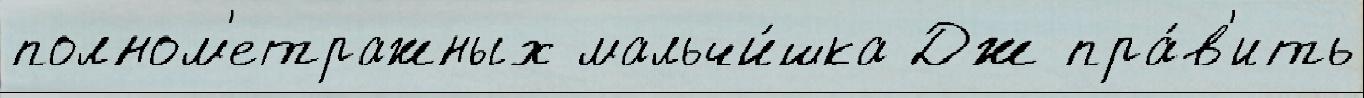
полном'етражных мальчи́шка Дж пра́в'ить